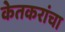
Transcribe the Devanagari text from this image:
केतकरांचा